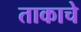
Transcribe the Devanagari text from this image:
ताकाचे